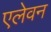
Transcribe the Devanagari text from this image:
एलेवन